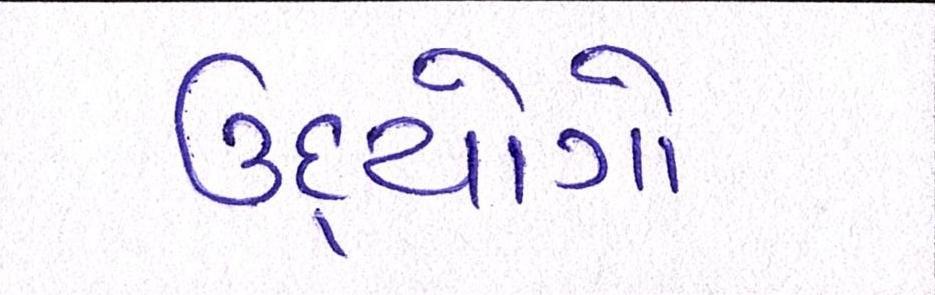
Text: ઉદ્યોગો